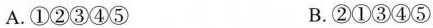
A.①②③④⑤ B.②①③④⑤